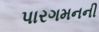
પારગમનની